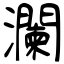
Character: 瀾